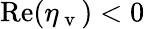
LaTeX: \mathrm{Re}(\eta_{\mathrm{~v~}})<0